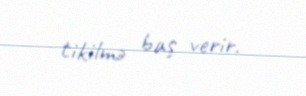
tikilmə baş verir.